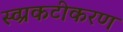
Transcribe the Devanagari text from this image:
स्व्प्रकटीकरण